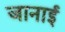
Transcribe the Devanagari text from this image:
जानाई